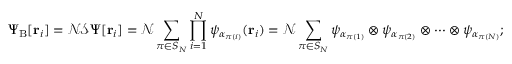
\Psi _ { \mathrm { { B } } } [ \mathbf { r } _ { i } ] = { \mathcal { N } } { \mathcal { S } } \Psi [ \mathbf { r } _ { i } ] = { \mathcal { N } } \sum _ { \pi \in S _ { N } } \prod _ { i = 1 } ^ { N } \psi _ { \alpha _ { \pi ( i ) } } ( \mathbf { r } _ { i } ) = { \mathcal { N } } \sum _ { \pi \in S _ { N } } \psi _ { \alpha _ { \pi ( 1 ) } } \otimes \psi _ { \alpha _ { \pi ( 2 ) } } \otimes \cdots \otimes \psi _ { \alpha _ { \pi ( N ) } } ;